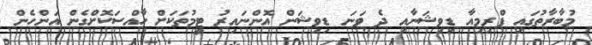
މުބާރާތުގައި ޕްރިމިއާ ޑިވިޝަނާއި ދެ ވަނަ ޑިވިޝަން އޮންނައިރު ޓީމުތަކަށް ހާއްސަކޮށްގެން އަންހެން